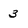
Character: 3